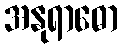
အနုရာဓော